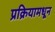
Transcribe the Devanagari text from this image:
प्रक्रियामधून